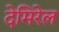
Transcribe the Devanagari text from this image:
देमिरेल